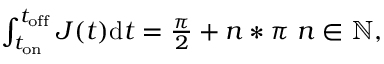
\begin{array} { r } { \int _ { t _ { \mathrm { o n } } } ^ { t _ { \mathrm { o f f } } } J ( t ) \mathrm d t = \frac { \pi } { 2 } + n * \pi \; n \in \mathbb { N } , } \end{array}